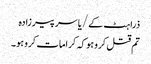
ذرا ہٹ کے/یاسر پیرزادہ
تم قتل کرو ہو کہ کرامات کرو ہو۔